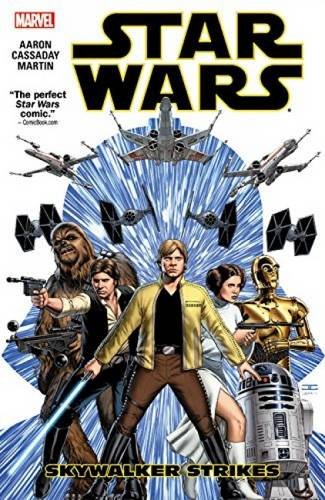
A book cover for Star Wars Vol. 1: Skywalker Strikes; Jason Aaron; Comics & Graphic Novels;